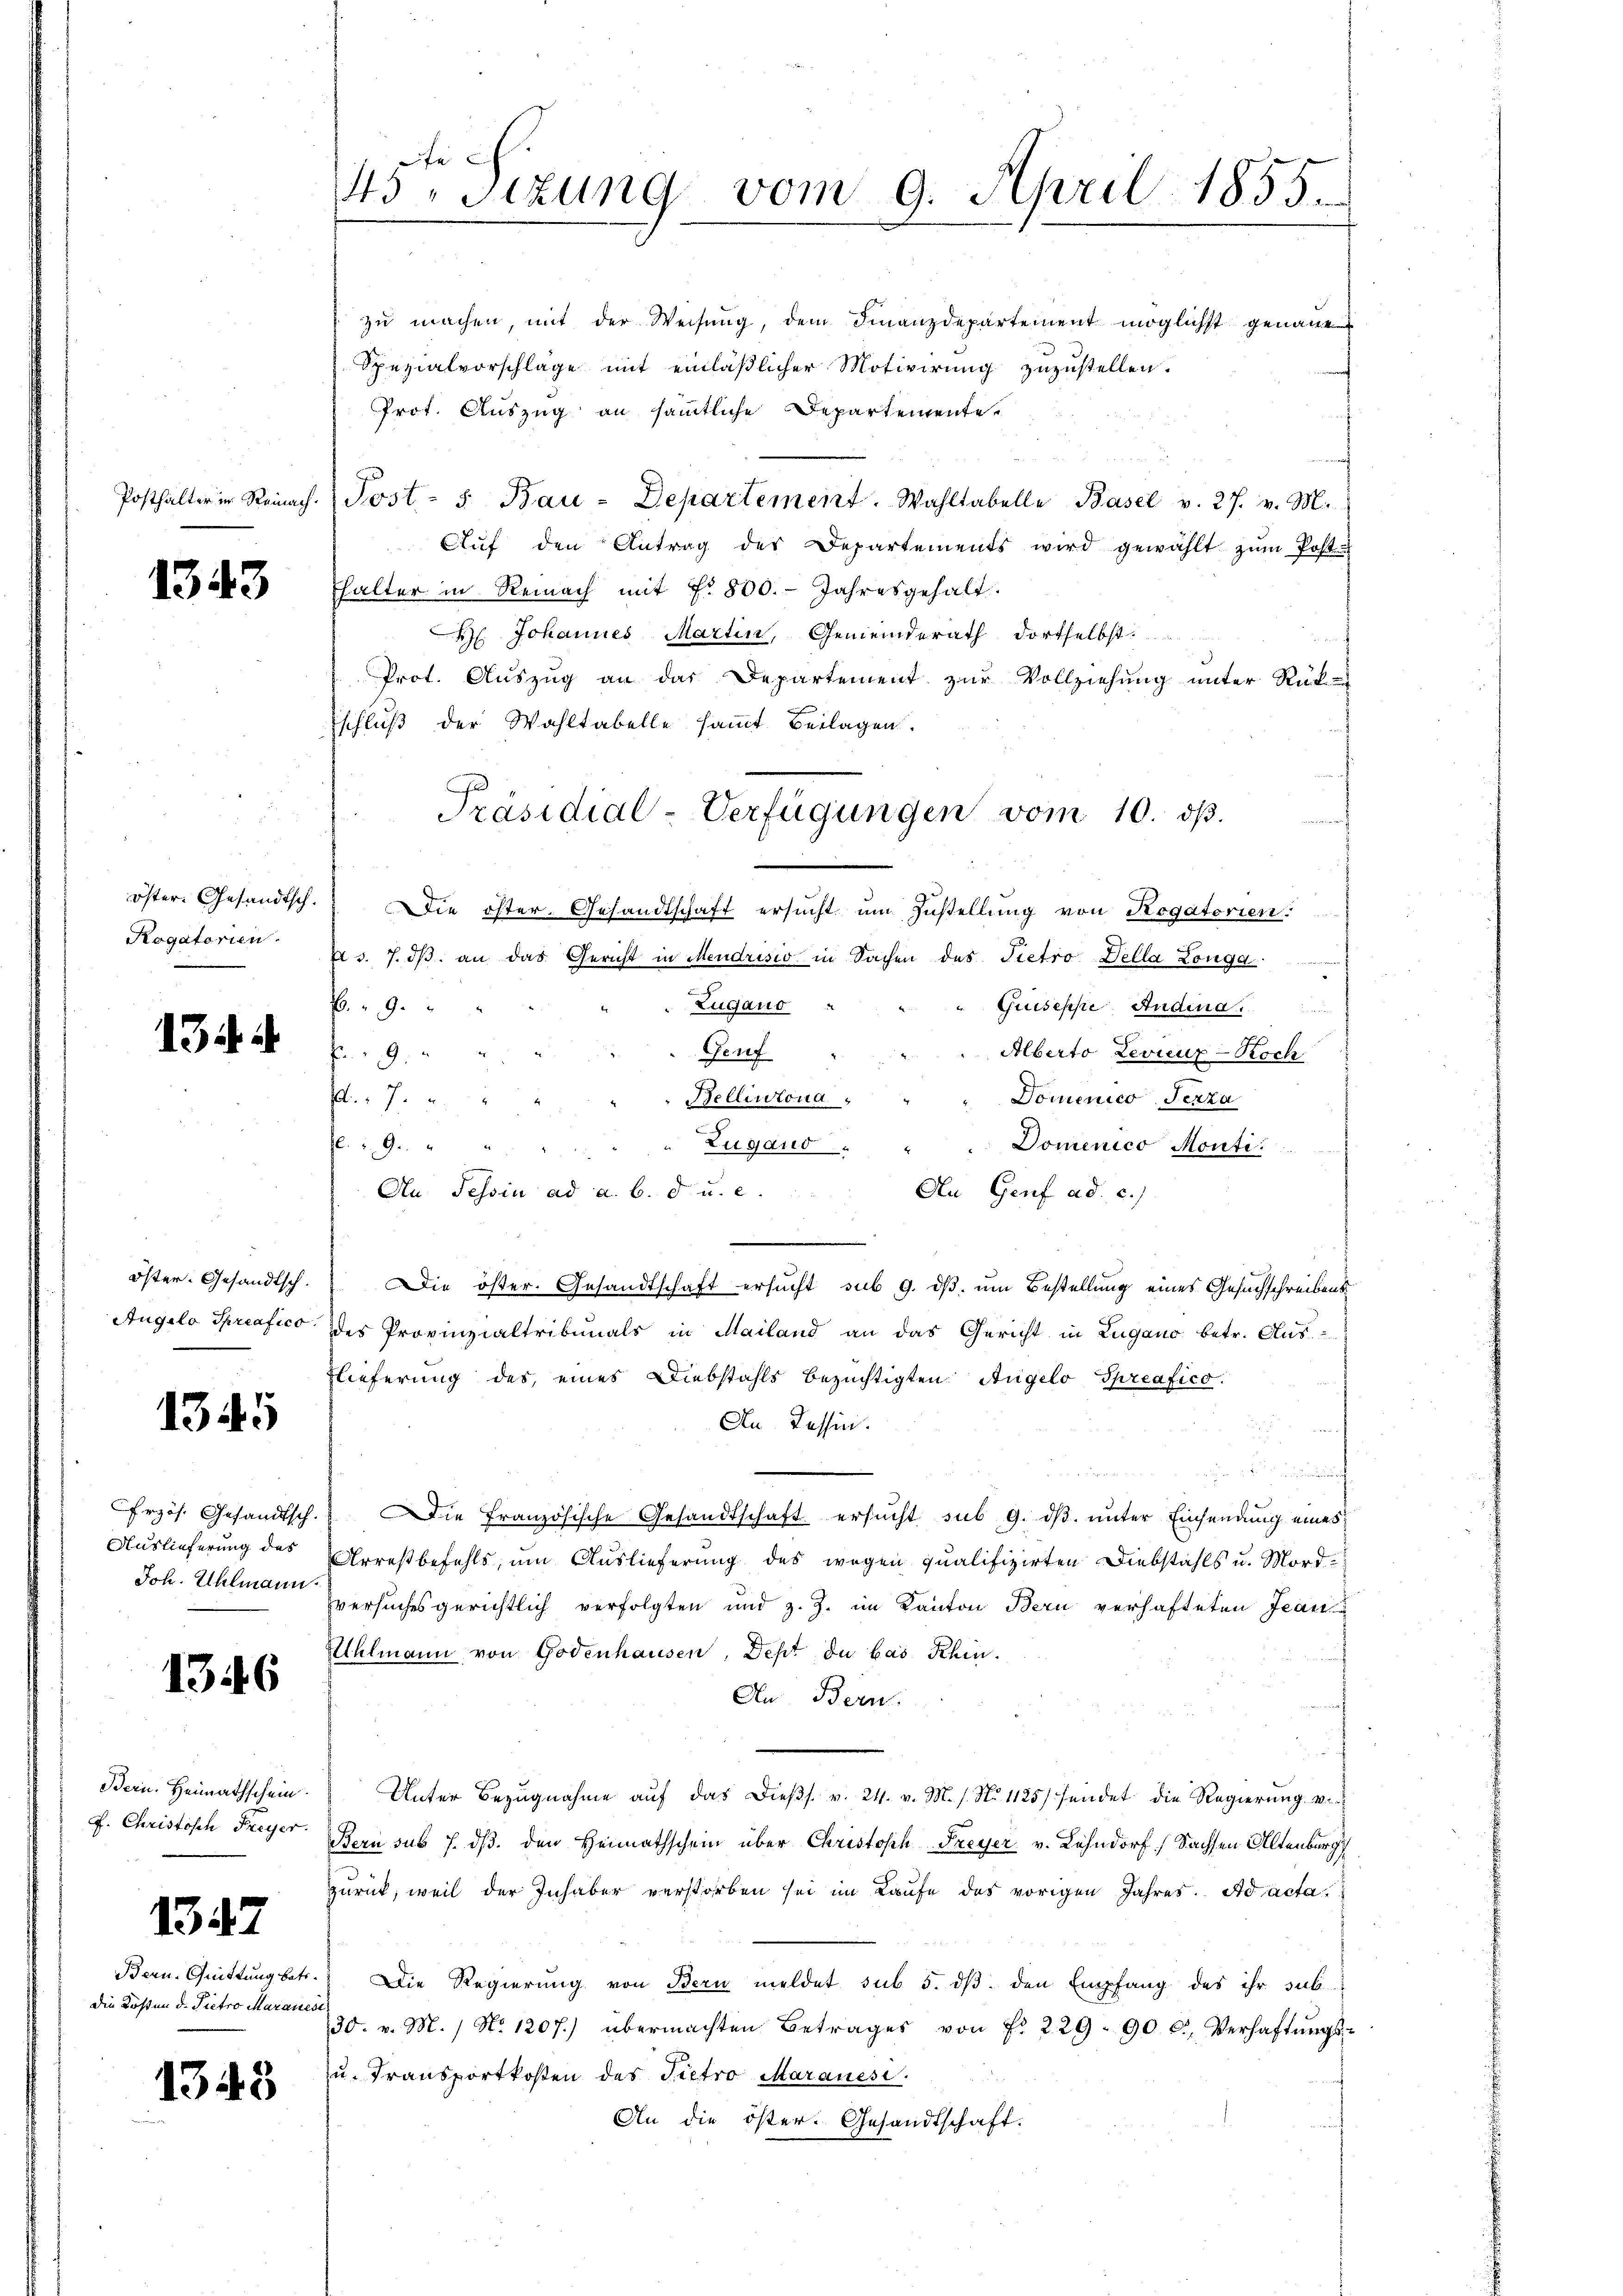
Posthalter in Reinach.

1343

öster. Gesandtsch.
Rogatorien.

1344

öster. Gesandtsch.
Augilo Spriafico

1345

Erzös. Gesandtsch.
Auslieferung des
Joh. Uhlmann

1346

Bern. Heimathschein.
F. Christisch Freyer.

1347

Bern. Quittung betr.
die Kosten d. Pietro Maranese

1343

43 Sizung vom 9. April 1855.

zŭ machen mit der Weisung, dem Finanzdepartement möglichst genaue
Spezialvorschlage mit einläßlicher Motivirung zuzustellen.
Prot. Auszug an sämmtliche Departementeg
Post- 5. Bau-Departement. Wahltabelle Basel v. 27. v. M.
Aŭf den Antrag des Departements wird gewählt zŭm Post
fhalter in Reinach mit Nr. 800. Jahresgehalt.
H. Johannes Martin, Gemeinderath dortselbst.
Prot. Auszug an das Departement zur Vollziehung unter Rück-
schluß der Wahltabelle sammt Beilagen.
Die öster. Gesandtschaft ersucht um Zustellung von Rogatorien:
v. 7. dβ an das Gericht in Mendrisio in Sachen des Pietro Della Longa
Zugano
P. 9.
Guiseppe, Andina
Genf
Alberto Levicur-Koch
f 9.
Bellintona
Domenico Jezza
.7.
Zugand
. 19.
Domenico Monti
An Tessin ad a. b. d. u. c.
An Genf ad c.)
Die öster. Gesandtschaft ersucht, sub 9. dβ. um Bestellung eines Gesuchschreibensdes Provinzialtribunals in Mailand an das Gericht in Lugano betr. Aus¬
Flieferung des eines Diebstahls bezüchtigten Angelo Spreafico.
An Tessin.
uch
ie französische Gesandtschaft ersucht sub 9. ds. unter Einsendung eines
Arrestbefehls, um Auslieferung des wegen qualifizirten Diebstahls u. Mordversuches gerichtlich verfolgten und z. Z. im Kanton Bern verhafteten Jean
Uhlmann von Godenhausen, Dept du bas Khin
An Bern.
Unter Bezugnahme aŭf das Dieβs. v. 24. v. M. s. No 1125 sendet die Regierung v.
Bern sub 7. ds. den Heimathschein über Christoph Freyer v. Lehndorf Sachsen Altenburg
zurück, weil der Inhaber verstorben sei im Laŭfe des vorigen Jahres. Ad acta.
Die Regierung von Bern meldet sub 5. dβ den Empfang des ihr sub
30. v. M. / N. 1207) übermachten Betrages von fr. 229. 90 c. Verhaftŭngs-
zu Fransportkosten des Pietro Maranese.
An die öster. Gesandtschaft.

Präsidial-Verfügungen vom 10. dß.